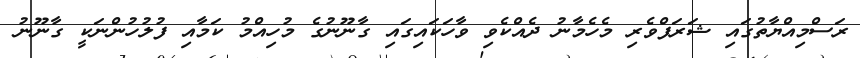
ރަސްމިއްޔާތުގައި ޝަރަފްވެރި މެހެމާނު ދެއްކެވި ވާހަކައިގައި ގާނޫނުގެ މުހިއްމު ކަމާއި ފުލުހުންނަކީ ގާނޫނު